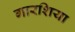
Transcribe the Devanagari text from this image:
गारशिया